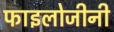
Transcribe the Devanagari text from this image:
फाइलोजीनी